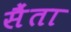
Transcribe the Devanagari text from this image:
सैंता